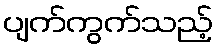
ပျက်ကွက်သည့်